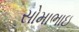
સોમાભાઇ